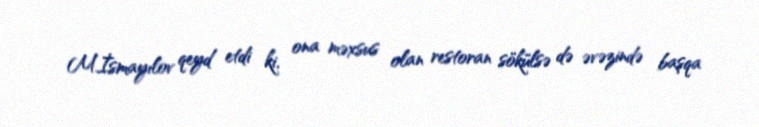
M.İsmayılov qeyd etdi ki, ona məxsus olan restoran sökülsə də əvəzində başqa